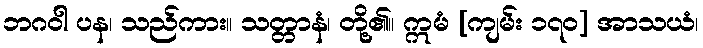
ဘဂဝါ ပန၊ သည်ကား။ သတ္တာနံ၊ တို့၏။ ဣမံ [ကျမ်း ၁၇၀] အာသယံ၊